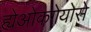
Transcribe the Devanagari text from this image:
ह्येओकगेयोसे